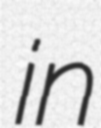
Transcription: in